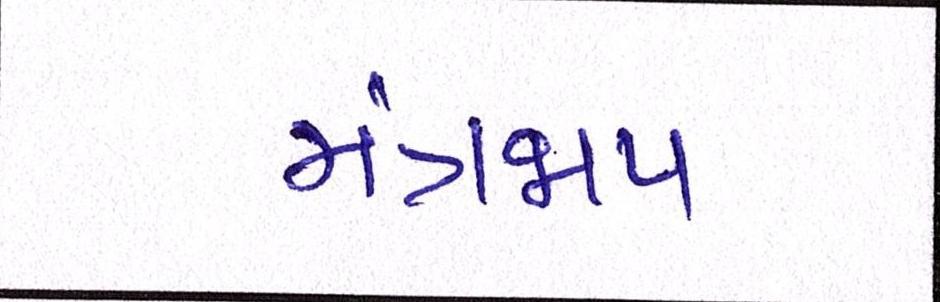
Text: મંત્રજાપ